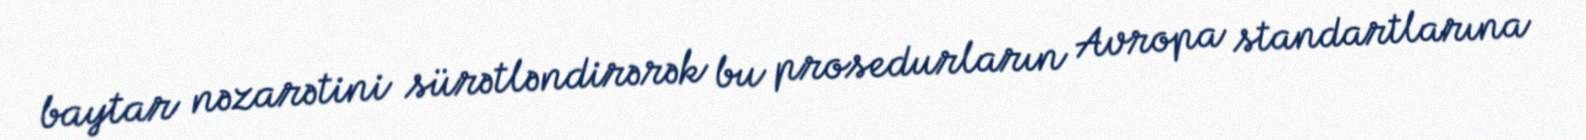
baytar nəzarətini sürətləndirərək bu prosedurların Avropa standartlarına